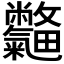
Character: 𣀽